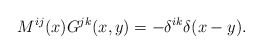
\begin{align*}M^{ij}(x)G^{jk}(x,y) = -\delta^{ik}\delta(x-y).\end{align*}